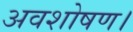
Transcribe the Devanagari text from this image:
अवशोषण।